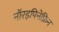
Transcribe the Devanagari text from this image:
नॉरइपिनेफ्रिन